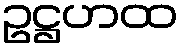
ဥဋ္ဌဟထ